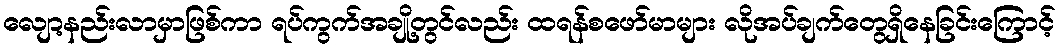
လျော့နည်းလာမှာဖြစ်ကာ ရပ်ကွက်အချို့တွင်လည်း ထရန်စဖော်မာများ လိုအပ်ချက်တွေရှိနေခြင်းကြောင့်